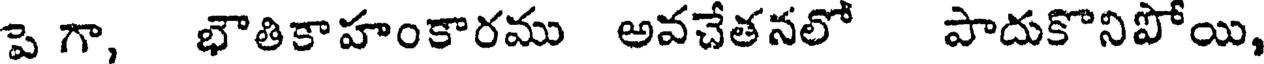
ప గా, భౌతికాహంకారము అవచేతనలో పాదుకొనిపోయి,